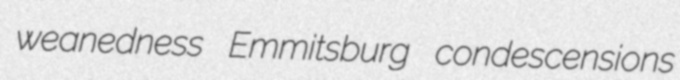
weanedness Emmitsburg condescensions